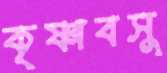
কৃষ্ণাবসু